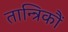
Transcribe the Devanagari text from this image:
तान्त्रिकौं